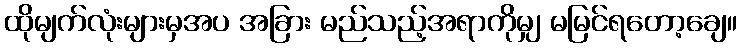
ထိုမျက်လုံးများမှအပ အခြား မည်သည့်အရာကိုမျှ မမြင်ရတော့ချေ။